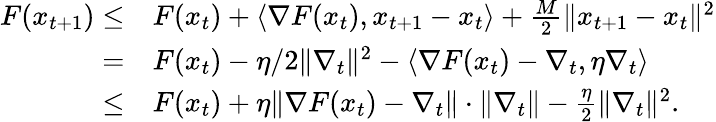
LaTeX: \begin{array}{rl}{F(x_{t+1})\le}&{F(x_{t})+\langle\nabla F(x_{t}),x_{t+1}-x_{t}\rangle+\frac{M}{2}\| x_{t+1}-x_{t}\| ^{2}}\\ {=}&{F(x_{t})-\eta/2\| \nabla_{t}\| ^{2}-\langle\nabla F(x_{t})-\nabla_{t},\eta\nabla_{t}\rangle}\\ {\le}&{F(x_{t})+\eta\| \nabla F(x_{t})-\nabla_{t}\| \cdot\| \nabla_{t}\| -\frac{\eta}{2}\| \nabla_{t}\| ^{2}.}\end{array}